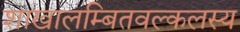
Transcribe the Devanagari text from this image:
शाखालम्बितवल्कलस्य